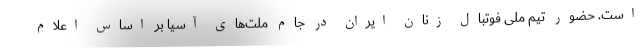
است. حضور تیم ملی فوتبال زنان ایران در جام ملت‌های آسیا بر اساس اعلام